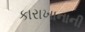
કારાખાનાની